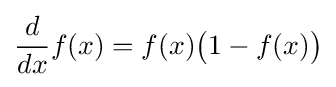
{\frac {d}{dx}}f(x)=f(x){\big (}1-f(x){\big )}